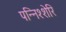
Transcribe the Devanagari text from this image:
पन्निश्शेरि